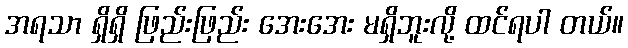
အရသာ ရှိရှိ ဖြည်းဖြည်း အေးအေး မရှိဘူးလို့ ထင်ရပါ တယ်။